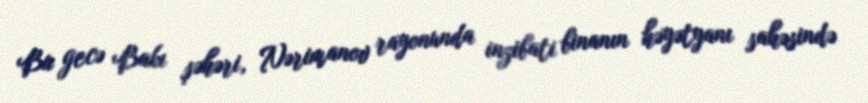
Bu gecə Bakı şəhəri, Nərimanov rayonunda inzibati binanın həyətyanı sahəsində